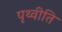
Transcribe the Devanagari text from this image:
पृथ्वीति